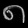
Digit: ၈